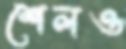
শেলও